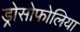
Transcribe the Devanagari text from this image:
ड्रोसोफोलिया